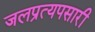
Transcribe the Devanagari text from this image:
जलप्रत्यपसारी